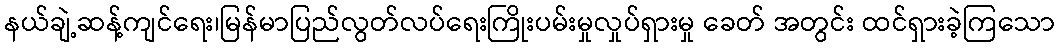
နယ်ချဲ့ဆန့်ကျင်ရေး၊မြန်မာပြည်လွတ်လပ်ရေးကြိုးပမ်းမှုလှုပ်ရှားမှု ခေတ် အတွင်း ထင်ရှားခဲ့ကြသော